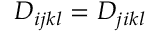
D _ { i j k l } = D _ { j i k l }